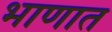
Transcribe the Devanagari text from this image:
भाणात